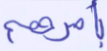
بأمرهم